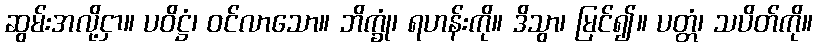
ဆွမ်းအလို့ငှာ။ ပဝိဋ္ဌံ၊ ဝင်လာသော။ ဘိက္ခုံ၊ ရဟန်းကို။ ဒိသွာ၊ မြင်၍။ ပတ္တံ၊ သပိတ်ကို။